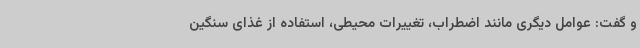
و گفت: عوامل دیگری مانند اضطراب، تغییرات محیطی، استفاده از غذای سنگین